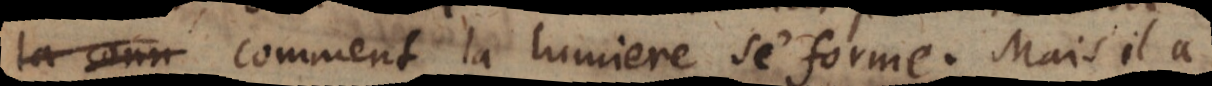
comment la lumiere se forme. Mais il a